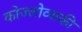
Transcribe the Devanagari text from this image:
कोज्लोव्सकी